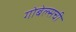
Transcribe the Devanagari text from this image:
गोबेल्सची